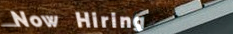
Now Hiring